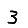
Digit: 3